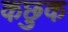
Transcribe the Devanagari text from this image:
कछुक